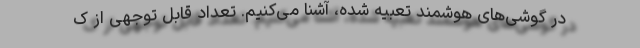
در گوشی‌های هوشمند تعبیه شده، آشنا می‌کنیم. تعداد قابل توجهی از ک